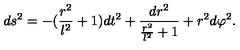
d s ^ { 2 } = - ( \frac { r ^ { 2 } } { l ^ { 2 } } + 1 ) d t ^ { 2 } + \frac { d r ^ { 2 } } { \frac { r ^ { 2 } } { l ^ { 2 } } + 1 } + r ^ { 2 } d \varphi ^ { 2 } .